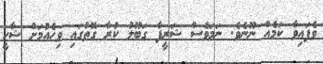
ވެފައިވާ ކަމެއް ނޫނެވެ. ނަމަވެސް ޝަރީފާ ގަބޫލު ކުރާ ގޮތުގައި ވިހެއުމަށް ޝާހީ